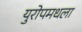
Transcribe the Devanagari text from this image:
युरोपमधला